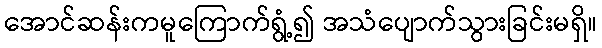
အောင်ဆန်းကမူကြောက်ရွံ့၍ အသံပျောက်သွားခြင်းမရှိ။